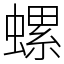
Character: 螺